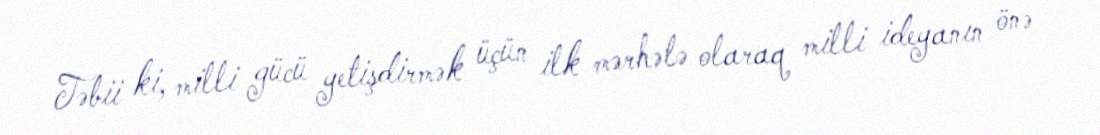
Təbii ki, milli gücü yetişdirmək üçün ilk mərhələ olaraq milli ideyanın önə